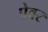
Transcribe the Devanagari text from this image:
पेवर